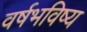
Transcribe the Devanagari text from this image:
वर्षभविष्य